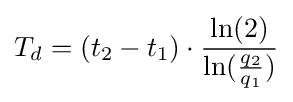
T_{d}=(t_{2}-t_{1})\cdot {\frac {\ln(2)}{\ln({\frac {q_{2}}{q_{1}}})}}